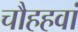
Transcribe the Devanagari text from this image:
चौहहवां